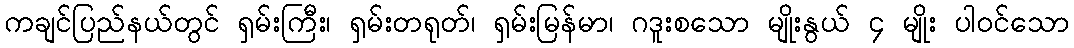
ကချင်ပြည်နယ်တွင် ရှမ်းကြီး၊ ရှမ်းတရုတ်၊ ရှမ်းမြန်မာ၊ ဂဒူးစသော မျိုးနွယ် ၄ မျိုး ပါဝင်သော